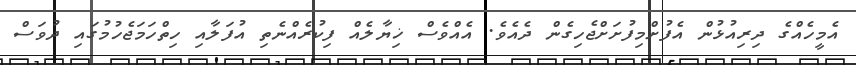
އެމީހެއްގެ ދިރިއުޅުން އެފުށްމިފުށަށްޖެހިގެން ދެއެވެ. އެއްވެސް ޚިޔާލެއް ފިކުރެއްނެތި އުފަލާއި ހިތްހަމަޖެހުމުގައި ދުވަސް